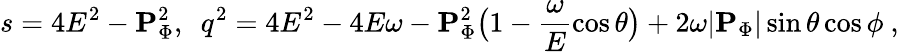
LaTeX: s=4E^{2}-{\mathbf P}_{\Phi}^{2},\ \ q^{2}=4E^{2}-4E\omega-{\mathbf P}_{\Phi}^{2}\bigl(1-\frac{\omega}{E}\cos{\theta}\bigr)+2\omega|{\mathbf P}_{\Phi}|\sin{\theta}\cos{\phi}\ ,